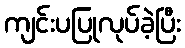
ကျင်းပပြုလုပ်ခဲ့ပြီး